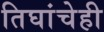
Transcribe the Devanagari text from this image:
तिघांचेही